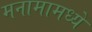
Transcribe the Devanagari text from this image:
मनामामध्ये